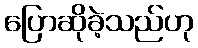
ပြောဆိုခဲ့သည်ဟု